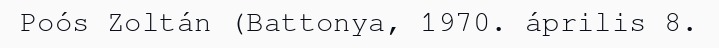
Poós Zoltán (Battonya, 1970. április 8.